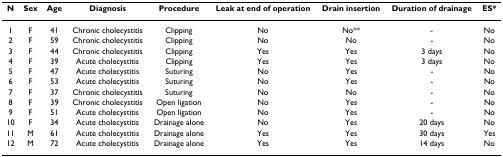
| N | Sex | Age | Diagnosis | Procedure | Leak at end of operation | Drain insertion | Duration of drainage | ES* |
 | --- | --- | --- | --- | --- | --- | --- | --- | --- |
 | 1 | F | 41 | Chronic cholecystitis | Clipping | No | No** | - | No |
 | 2 | F | 59 | Chronic cholecystitis | Clipping | No | No | - | No |
 | 3 | F | 44 | Chronic cholecystitis | Clipping | Yes | Yes | 3 days | No |
 | 4 | F | 39 | Acute cholecystitis | Clipping | Yes | Yes | 3 days | No |
 | 5 | F | 47 | Acute cholecystitis | Suturing | No | Yes | - | No |
 | 6 | F | 53 | Acute cholecystitis | Suturing | No | Yes | - | No |
 | 7 | F | 37 | Chronic cholecystitis | Suturing | No | No | - | No |
 | 8 | F | 39 | Chronic cholecystitis | Open ligation | No | Yes | - | No |
 | 9 | F | 51 | Acute cholecystitis | Open ligation | No | Yes | - | No |
 | 10 | F | 34 | Acute cholecystitis | Drainage alone | No | Yes | 20 days | No |
 | 11 | M | 61 | Acute cholecystitis | Drainage alone | Yes | Yes | 30 days | Yes |
 | 12 | M | 72 | Acute cholecystitis | Drainage alone | Yes | Yes | 14 days | No |